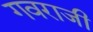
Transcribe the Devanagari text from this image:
गवराजी